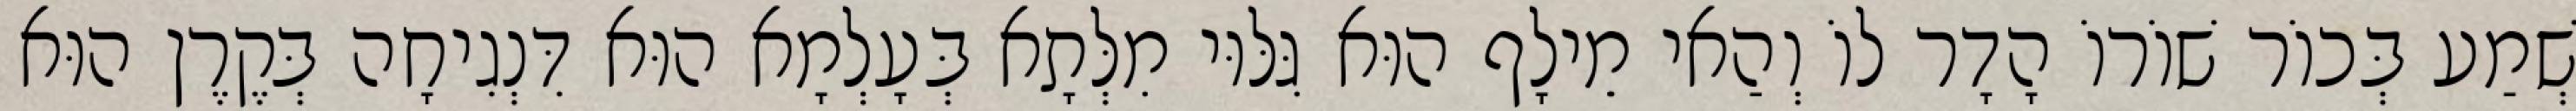
שְׁמַע בְּכוֹר שׁוֹרוֹ הָדָר לוֹ וְהַאי מֵילָף הוּא גִּלּוּי מִלְּתָא בְּעָלְמָא הוּא דִּנְגִיחָה בְּקֶרֶן הוּא